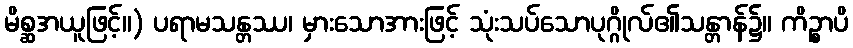
မိစ္ဆအယူဖြင့်။) ပရာမသန္တဿ၊ မှားသောအားဖြင့် သုံးသပ်သောပုဂ္ဂိုလ်၏သန္တာန်၌။ ကိဉ္စာပိ